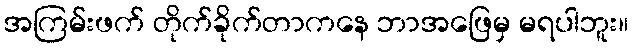
အကြမ်းဖက် တိုက်ခိုက်တာကနေ ဘာအဖြေမှ မရပါဘူး။